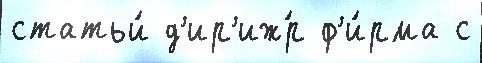
статьи́ д'ир'иж́р ф'и́рма с